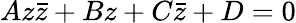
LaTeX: Az{\bar{z}}+Bz+C{\bar{z}}+D=0